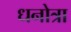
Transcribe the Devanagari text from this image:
धनोत्रा